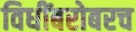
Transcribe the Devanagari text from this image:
विधींबरोबरच